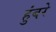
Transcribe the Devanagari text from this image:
हुंबरे